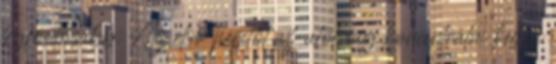
legfontosabb. Az első perctől az utolsóig koncentrálni kell, a